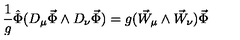
\frac { 1 } { g } \hat { \Phi } ( D _ { \mu } \vec { \Phi } \wedge D _ { \nu } \vec { \Phi } ) = g ( \vec { W } _ { \mu } \wedge \vec { W } _ { \nu } ) \vec { \Phi }